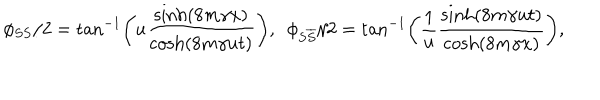
\phi _ { S S } / 2 = \tan ^ { - 1 } \left( u \frac { \sinh ( 8 m \gamma x ) } { \cosh ( 8 m \gamma u t ) } \right) , \, \, \, \phi _ { S \overline { { { S } } } } / 2 = \tan ^ { - 1 } \left( \frac { 1 } { u } \frac { \sinh ( 8 m \gamma u t ) } { \cosh ( 8 m \gamma x ) } \right) ,